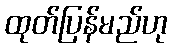
ထုတ်ပြန်မည်ဟု